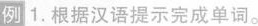
例1.根据汉语提示完成单词.。